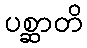
ပစ္ဆာတိ